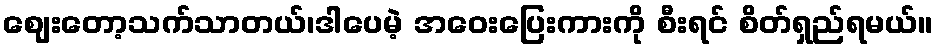
ဈေးတော့သက်သာတယ်၊ဒါပေမဲ့ အဝေးပြေးကားကို စီးရင် စိတ်ရှည်ရမယ်။